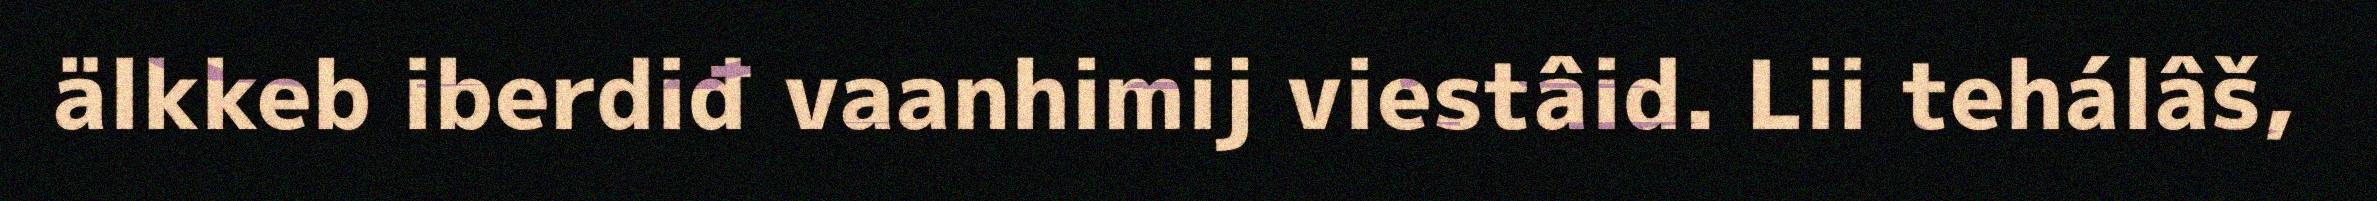
älkkeb iberdiđ vaanhimij viestâid. Lii tehálâš,